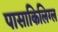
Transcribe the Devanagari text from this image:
पासाकिलिग्ल